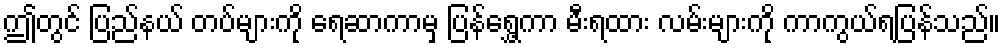
ဤတွင် ပြည်နယ် တပ်များကို ရေဆာကာမှ ပြန်ရွှေ့ကာ မီးရထား လမ်းများကို ကာကွယ်ရပြန်သည်။